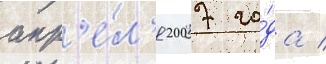
апр'е́л'я 2007 го́да /